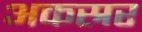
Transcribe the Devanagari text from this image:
अकस्रर